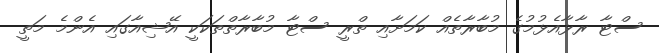
ސްޓާ ރާޅާއެޅުމުގެ މުބާރާތެއް ކަމަށާއި ތްރީ ސްޓާ މުބާރާތްތަކަކީ އޭޝިއާގައި އެންމެ މަތީ